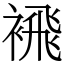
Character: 䙍